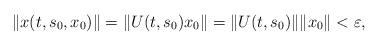
LaTeX: \begin{align*}\|x(t,s_0,x_0)\|=\|U(t,s_0)x_0\|=\|U(t,s_0)\|\|x_0\|<\varepsilon,\end{align*}